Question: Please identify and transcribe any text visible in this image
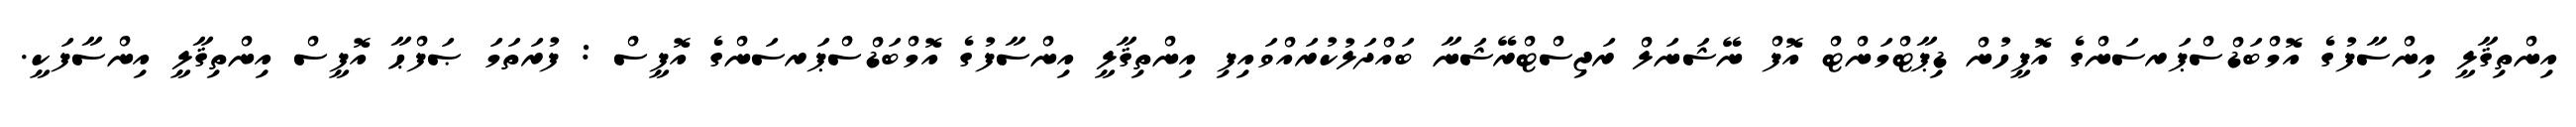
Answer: އިންތިޤާލީ އިންސާފުގެ އޮމްބަޑްސްޕަރސަންގެ އޮފީހުން ޑިޕާޓްމަންޓް އޮފް ނޭޝަނަލް ރަޖިސްޓްރޭޝަނާ ބައްދަލުކުރައްވައިފި އިންތިޤާލީ އިންސާފުގެ އޮމްބަޑްސްޕަރސަންގެ އޮފީސް : ފުރަތަމަ ޞަފްޙާ އޮފީސް އިންތިޤާލީ އިންސާފަކީ.